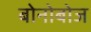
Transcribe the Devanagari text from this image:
बोनोबोज